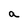
Character: a